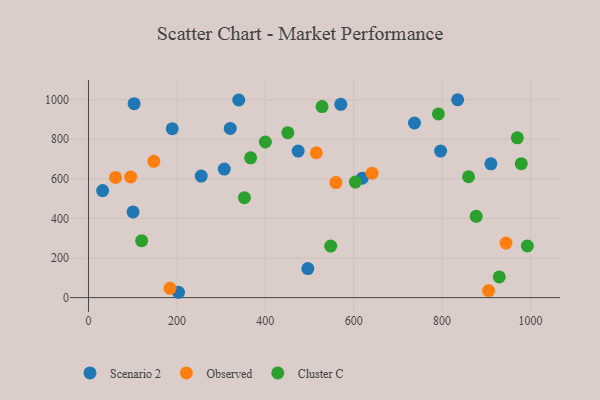
{"axis": {"x": "Ad Spend", "y": "Salary"}, "legend": ["Cluster C", "Observed", "Scenario 2"], "data": [{"x": "320.7", "y": 854.7, "type": "Scenario 2"}, {"x": "619.3", "y": 603.0, "type": "Scenario 2"}, {"x": "570.8", "y": 976.1, "type": "Scenario 2"}, {"x": "255.0", "y": 613.7, "type": "Scenario 2"}, {"x": "189.5", "y": 852.8, "type": "Scenario 2"}, {"x": "835.2", "y": 999.4, "type": "Scenario 2"}, {"x": "203.7", "y": 27.0, "type": "Scenario 2"}, {"x": "339.9", "y": 998.1, "type": "Scenario 2"}, {"x": "796.6", "y": 740.2, "type": "Scenario 2"}, {"x": "100.8", "y": 432.7, "type": "Scenario 2"}, {"x": "737.5", "y": 881.8, "type": "Scenario 2"}, {"x": "474.3", "y": 740.0, "type": "Scenario 2"}, {"x": "103.2", "y": 979.5, "type": "Scenario 2"}, {"x": "910.4", "y": 675.6, "type": "Scenario 2"}, {"x": "32.0", "y": 540.8, "type": "Scenario 2"}, {"x": "496.2", "y": 146.7, "type": "Scenario 2"}, {"x": "307.2", "y": 649.3, "type": "Scenario 2"}, {"x": "641.6", "y": 628.3, "type": "Observed"}, {"x": "559.8", "y": 581.1, "type": "Observed"}, {"x": "944.5", "y": 275.3, "type": "Observed"}, {"x": "61.2", "y": 607.1, "type": "Observed"}, {"x": "147.8", "y": 688.5, "type": "Observed"}, {"x": "905.1", "y": 35.6, "type": "Observed"}, {"x": "515.4", "y": 731.7, "type": "Observed"}, {"x": "184.4", "y": 47.2, "type": "Observed"}, {"x": "95.3", "y": 609.2, "type": "Observed"}, {"x": "859.8", "y": 610.5, "type": "Cluster C"}, {"x": "877.2", "y": 410.7, "type": "Cluster C"}, {"x": "548.0", "y": 260.2, "type": "Cluster C"}, {"x": "120.3", "y": 287.8, "type": "Cluster C"}, {"x": "929.3", "y": 104.7, "type": "Cluster C"}, {"x": "366.8", "y": 705.8, "type": "Cluster C"}, {"x": "528.4", "y": 964.6, "type": "Cluster C"}, {"x": "970.1", "y": 806.8, "type": "Cluster C"}, {"x": "979.1", "y": 676.3, "type": "Cluster C"}, {"x": "451.0", "y": 832.9, "type": "Cluster C"}, {"x": "791.6", "y": 927.7, "type": "Cluster C"}, {"x": "603.8", "y": 583.7, "type": "Cluster C"}, {"x": "400.2", "y": 785.9, "type": "Cluster C"}, {"x": "992.9", "y": 260.6, "type": "Cluster C"}, {"x": "352.8", "y": 504.9, "type": "Cluster C"}]}